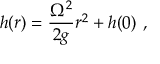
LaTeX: h ( r ) = { \frac { \Omega ^ { 2 } } { 2 g } } r ^ { 2 } + h ( 0 ) \ ,